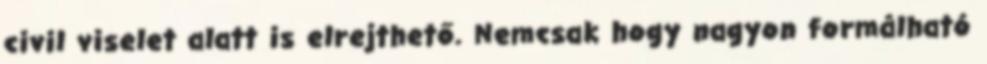
civil viselet alatt is elrejthető. Nemcsak hogy nagyon formálható